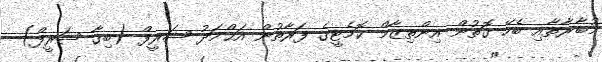
މުބާރާތާއި ބެހޭ ގޮތުން އިންތިޒާމް ކޮމެޓީގެ ފަރާތުން އަޙްމަދު ޝަރީފް (ބިގާ ޝަރީފް)